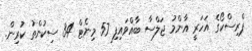
ޕްރިސްކޯގެ އަހަރީ އާންމު ޖަލްސާ ބާއްވައިފި 57 މިނެޓް 34 ސިކުންތު ކުރިން.